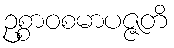
ဥစ္စာဝစမာပဇ္ဇတိ